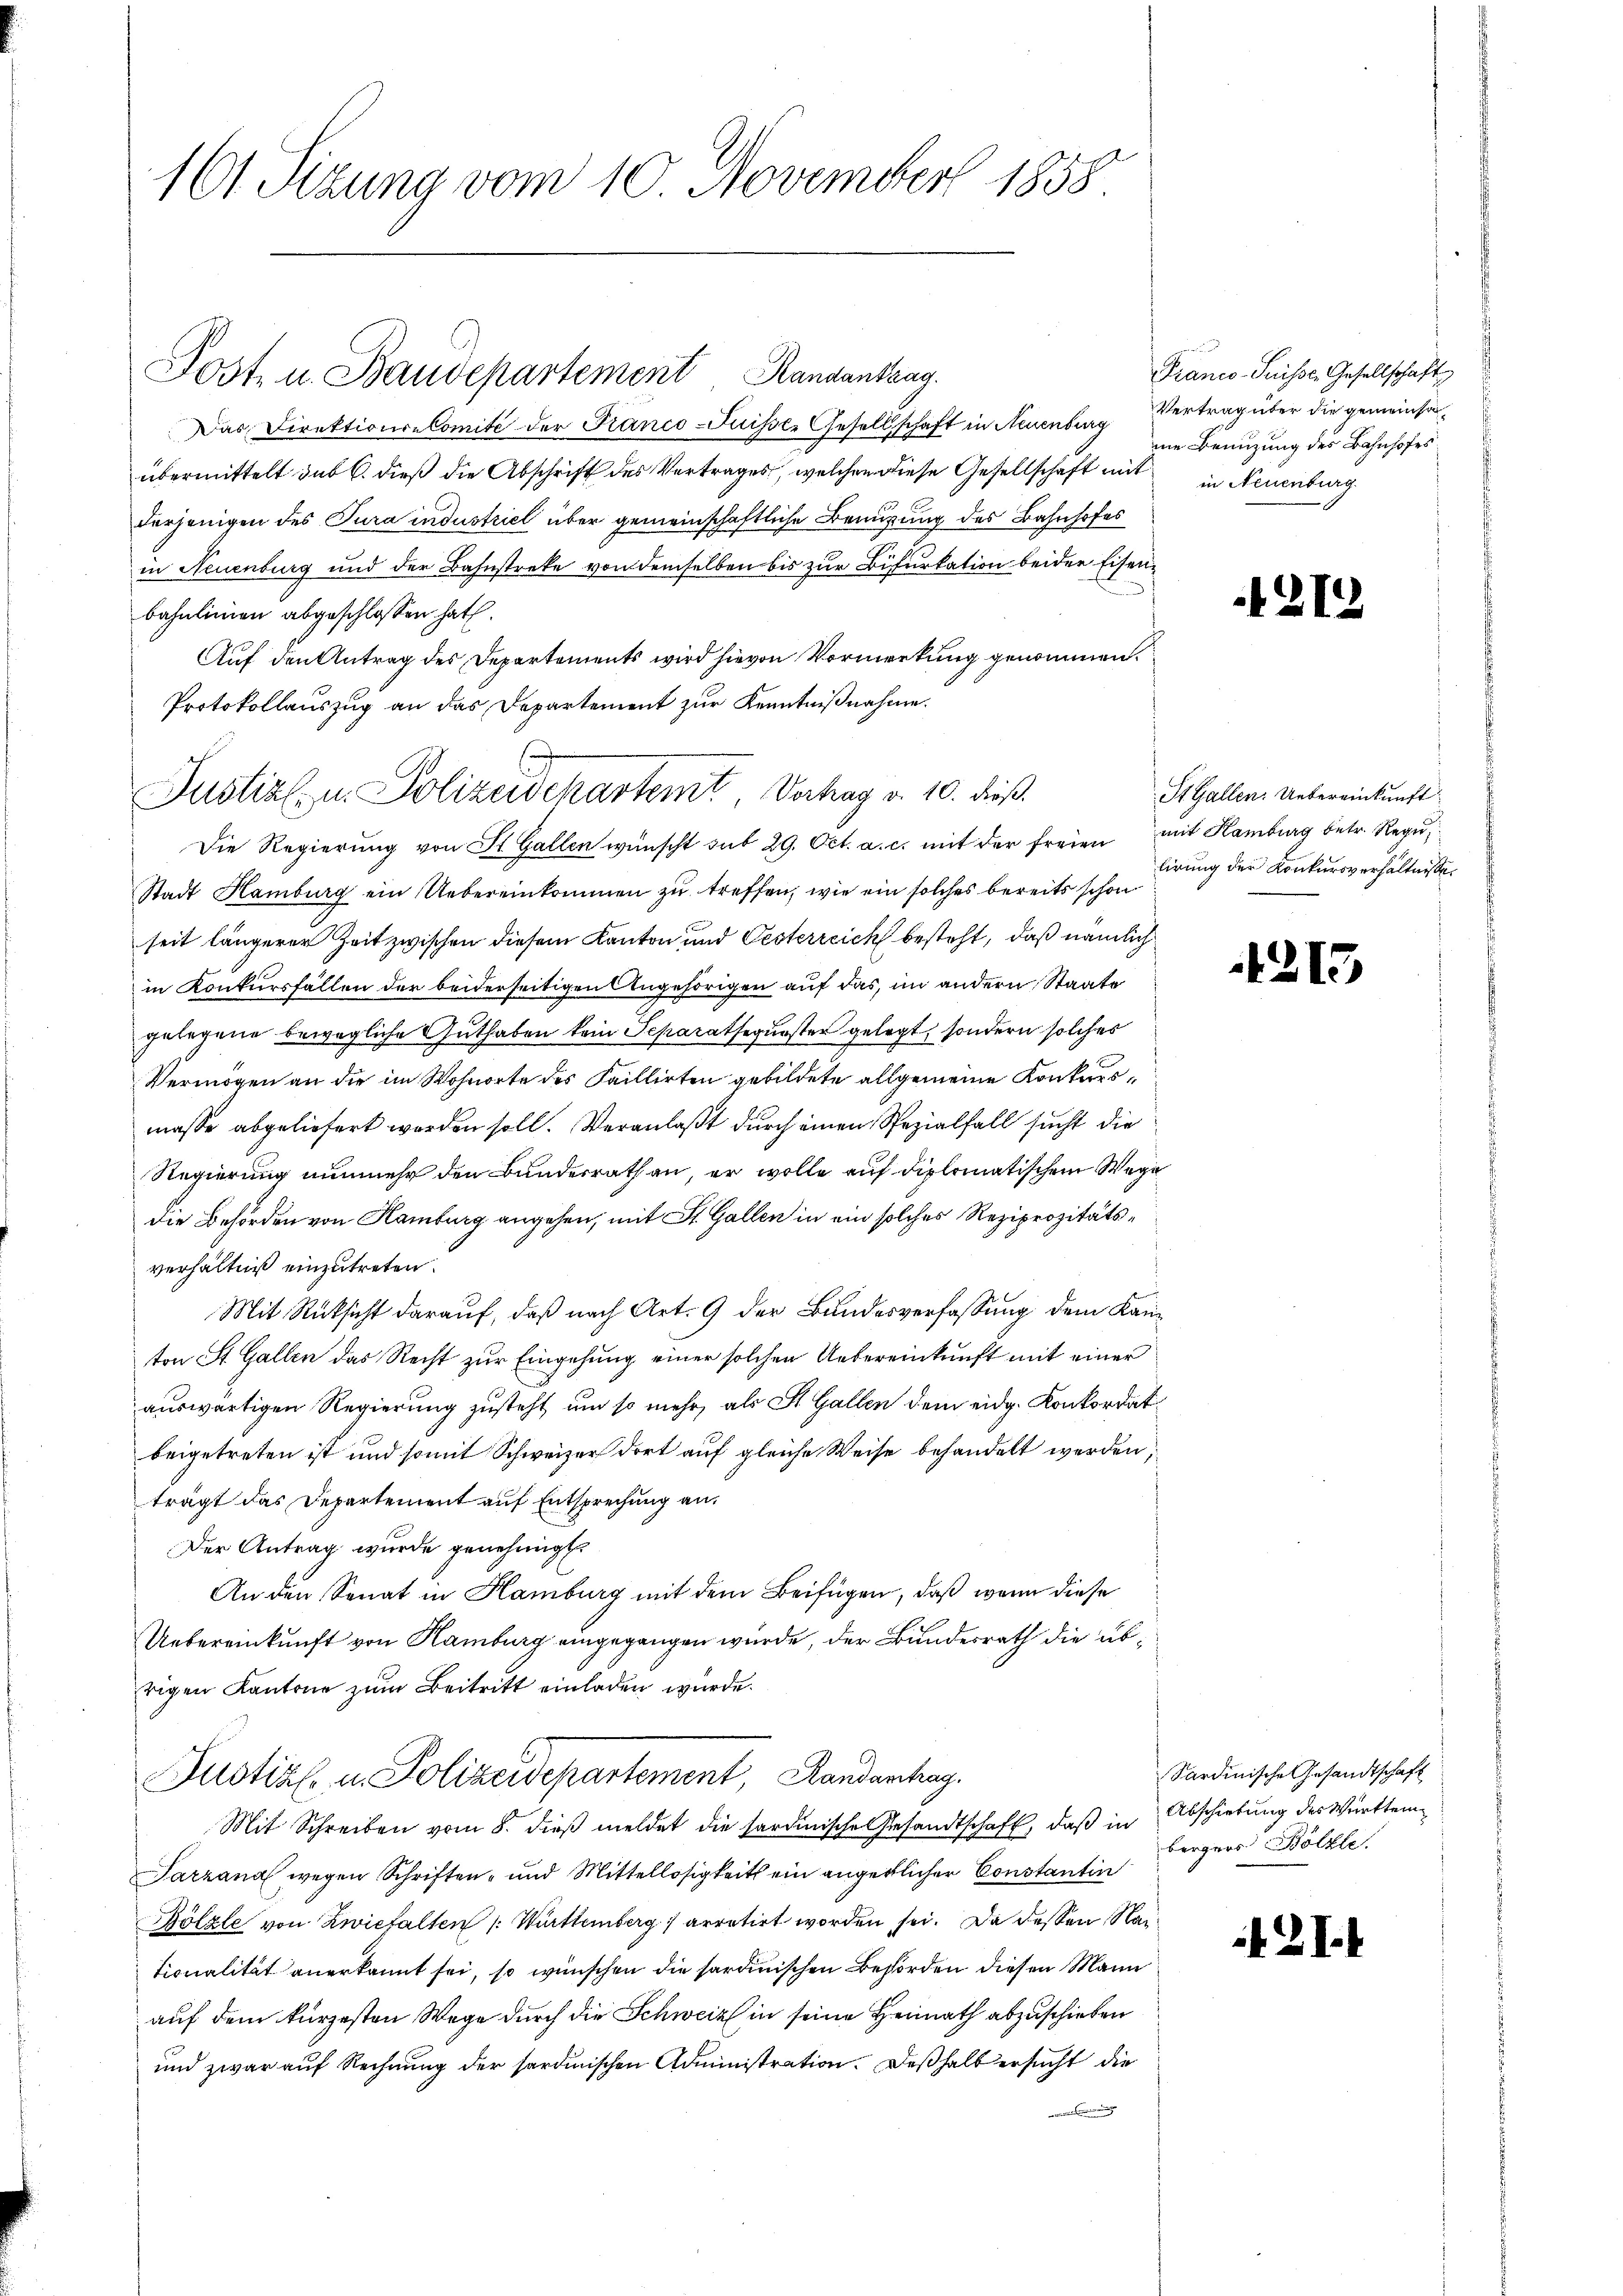
161 Sizung vom 10. November 1858

Post- u. Baudepartement Randantrag.

Das Direktions-Comité der Franco-Juisses Gesellschaft in Neuenburg Vertrag über die gemeinsaübermittelt sub 6. dieß die Abschrift des Vertrages, welchen diese Gesellschaft mit
derjenigen des Jura industriel über gemeinschaftliche Benutzung des Bahnhofes
in Neuenburg und der Bahnstreke von demselben bis zur Bifurkation beider Eisenbahnlinien abgeschlossen hat.
Auf den Antrag des Departements wird hievon Vormerkung genommen.
Protokollauszug an das Departement zur Kenntnißnahme.
Die Regierung von St. Gallen wünscht sub 29. Oct. a. c. mit der freien mit Hamburg betr. Regu¬
Stadt Hamburg ein Uebereinkommen zu treffen, wie ein solches bereits schon
seit längerer Zeit zwischen diesem Kanton und Oesterreich besteht, daß nämlich
in Konkursfällen der beiderseitigen Angehörigen auf das, im andern Staate
gelegene bewegliche Guthaben kein Separatsequester gelegt, sondern solches
Vermögen an die im Wohnorte des Faillirten gebildete allgemeine Konkursmasse abgeliefert worden soll. Veranlaßt durch einen Spezialfall sucht die
Regierung nunmehr den Bundesrath an, er wolle auf diplomatischem Wege
die Behörden von Hamburg angehen, mit St. Gallen in ein solches Reziprozitätsverhältniß einzutreten.
Mit Rücksicht darauf, daß nach Art. 9 der Bundesverfassung dem Kanton St. Gallen das Recht zur Eingehung einer solchen Uebereinkunft mit einer
auswärtigen Regierung zusteht um so mehr, als St. Gallen dem eidg. Konkordat
beigetreten ist und somit Schweizer dort auf gleiche Weise behandelt werden,
trägt das Departement auf Entsprechung an.
Der Antrag wurde genehmigt.
An den Senat in Hamburg mit dem Beifügen, daß wenn diese
Uebereinkunft von Hamburg eingegangen würde, der Bundesrath die übrigen Kantone zum Beitritt einladen wurde.
Justial u. Polizeidepartement, Handenhag
Mit Schreiben vom 8. dieß meldet die sardinische Gesandtschaft, daß in
Tarzana wegen Schriften- und Mittellosigkeits ein angeblicher Constantin
Bölzle von Zwiefalten /: Württemberg 1 arretirt worden sei. Da dessen Reitionalität anerkannt sei, so wünschen die sardinischen Behörden diesen Mann
auf dem kurzesten Wege durch die Schweiz in seine Heimath abzuschieben
und zwar auf Rechnung der sardinischen Administration. Deßhalb ersucht die

E
Justiz- u. Polizeidckartemt Vortrag v. 10. dieß.

Franco-Suisse, Gesellschaft
eie Benuzung des Bahnhofes
in Neuenburg

212

St. Gallen. Uebereinkunft
lirung der Konkursverhältnisse.

215

Sardinische Gesandtschaft
Abschiebung des Württem
bergers Hölzle

2I.1